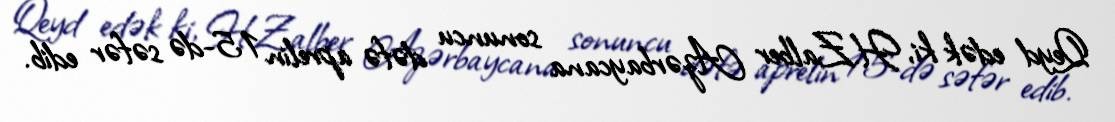
Qeyd edək ki, H.Zalber Azərbaycana sonuncu dəfə aprelin 15-də səfər edib.